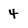
Character: 4